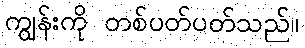
ကျွန်းကို တစ်ပတ်ပတ်သည်။